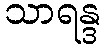
သာရန္ဒ